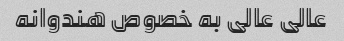
عالی عالی به خصوص هندوانه